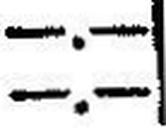
—.—